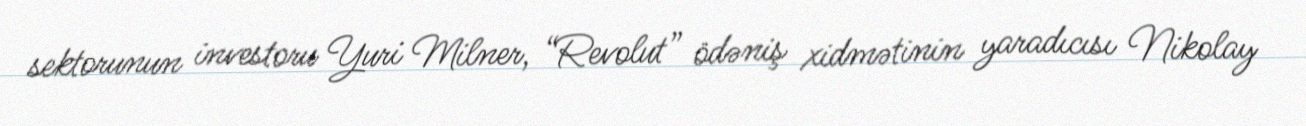
sektorunun investoru Yuri Milner, “Revolut” ödəniş xidmətinin yaradıcısı Nikolay